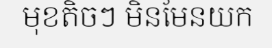
មុខតិចៗ មិនមែនយក